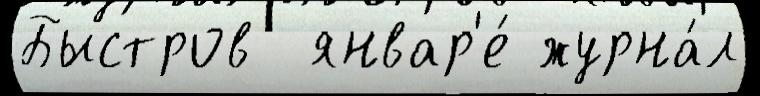
Быстров  январ'е́ журна́л